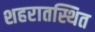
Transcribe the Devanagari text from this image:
शहरातस्थित